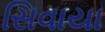
સિવાયા